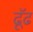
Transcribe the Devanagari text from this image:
ढूॅढ